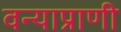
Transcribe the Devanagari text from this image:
वन्याप्राणी